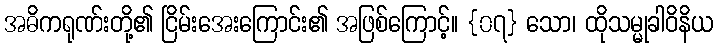
အဓိကရုဏ်းတို့၏ ငြိမ်းအေးကြောင်း၏ အဖြစ်ကြောင့်။ {၀၇} သော၊ ထိုသမ္မုခါဝိနိယ